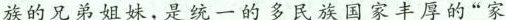
族的兄弟姐妹，是统一的多民族国家丰厚的”家